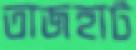
তাজহাট